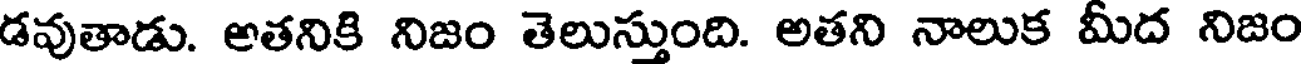
డవుతాడు. అతనికి నిజం తెలుస్తుంది. అతని నాలుక మీద నిజం